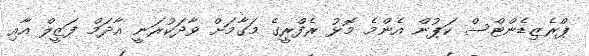
ޕްރެޒިޑެންޓްސް ކަޕުން އެންމެ މޮޅު ރެފްރީގެ މަގާމަށް ވާދަކުރަނީ އާދަމް ފަޒީލް އާއި